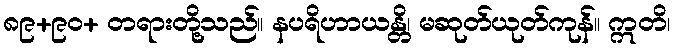
၈၉+၉၀+ တရားတို့သည်။ နပရိဟာယန္တိ၊ မဆုတ်ယုတ်ကုန်။ ဣတိ၊